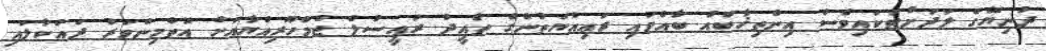
ދުނިޔޭގެ ލަދަށްޓަކައިވެސް އިންތިޚާބެއް ބާއްވައި ރަޢިއްޔަތުންގެ ތާއީދު ރައީސުލް ޖުމްހޫރިއްޔާއަށް އޮތްމިންވަރު ދައްކާލައި